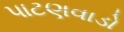
પાટણવાડો